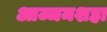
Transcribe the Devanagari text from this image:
आज्जमशहा